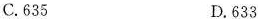
C.635 D.633